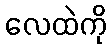
လေထဲကို